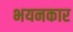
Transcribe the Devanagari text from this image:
भयनकार